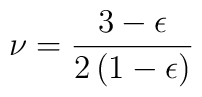
\nu = {3 - \epsilon \over 2 \left(1 - \epsilon\right)}